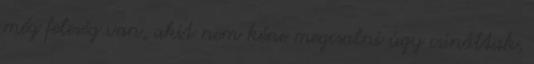
még feleség van, akit nem kéne megcsalni úgy csináltak,